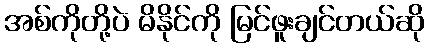
အစ်ကိုတို့ပဲ မိနိုင်ကို မြင်ဖူးချင်တယ်ဆို